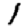
Digit: 1